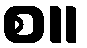
စ။